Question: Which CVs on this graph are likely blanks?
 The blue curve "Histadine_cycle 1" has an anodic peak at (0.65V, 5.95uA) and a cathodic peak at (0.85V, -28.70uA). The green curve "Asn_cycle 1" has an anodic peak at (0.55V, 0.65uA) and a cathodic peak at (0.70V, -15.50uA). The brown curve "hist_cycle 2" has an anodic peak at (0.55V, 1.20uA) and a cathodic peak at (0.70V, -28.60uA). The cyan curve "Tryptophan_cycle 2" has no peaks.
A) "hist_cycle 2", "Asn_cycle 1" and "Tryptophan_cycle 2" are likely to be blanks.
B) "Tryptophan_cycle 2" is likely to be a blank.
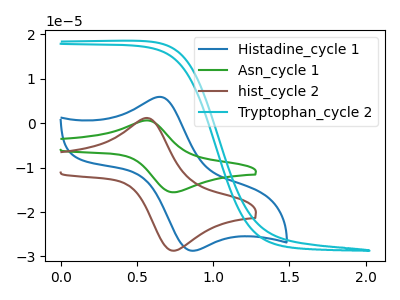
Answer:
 <answer>B) "Tryptophan_cycle 2" is likely to be a blank.</answer>
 <eval>B</eval>